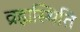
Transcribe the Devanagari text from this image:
व्रह्मस्थिति